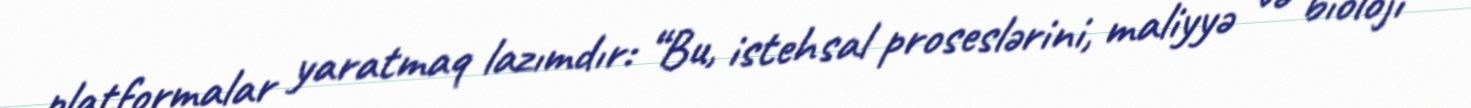
platformalar yaratmaq lazımdır: “Bu, istehsal proseslərini, maliyyə və bioloji